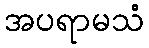
အပရာမသံ